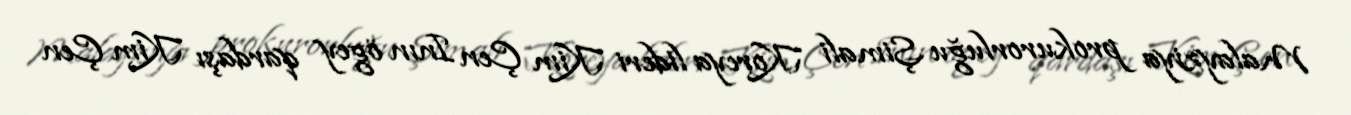
Malayziya prokurorluğu Şimali Koreya lideri Kim Çen Inın ögey qardaşı Kim Çen